Leucocytozoon canis - Number 26
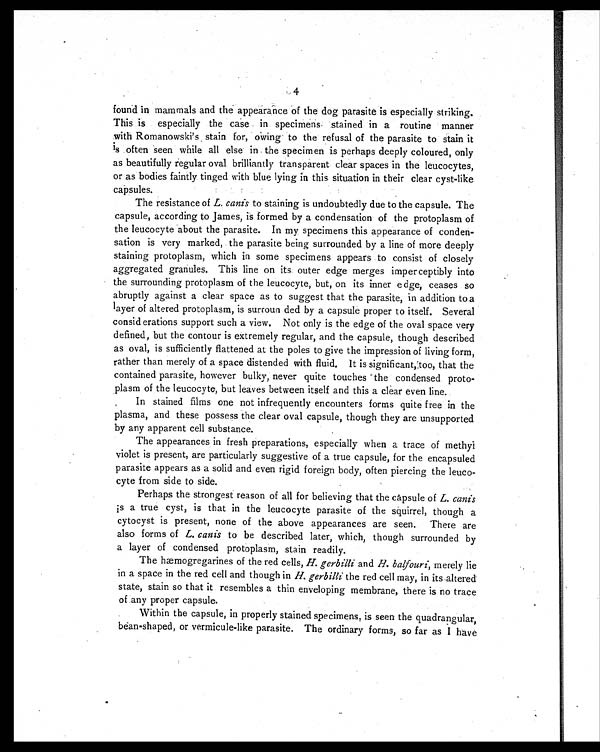
4
found in mammals and the appearance of the dog parasite is especially striking.
This is especially the case in specimens stained in a routine manner
with Romanowski's stain for, owing to the refusal of the parasite to stain it
is often seen while all else in the specimen is perhaps deeply coloured, only
as beautifully regular oval brilliantly transparent clear spaces in the leucocytes,
or as bodies faintly tinged with blue lying in this situation in their clear cyst-like
capsules.
The resistance of L. canis to staining is undoubtedly due to the capsule. The
capsule, according to James, is formed by a condensation of the protoplasm of
the leucocyte about the parasite. In my specimens this appearance of conden-
sation is very marked, the parasite being surrounded by a line of more deeply
staining protoplasm, which in some specimens appears to consist of closely
aggregated granules. This line on its outer edge merges imperceptibly into
the surrounding protoplasm of the leucocyte, but, on its inner edge, ceases so
abruptly against a clear space as to suggest that the parasite, in addition to a
layer of altered protoplasm, is surroun ded by a capsule proper to itself. Several
considerations support such a view. Not only is the edge of the oval space very
defined, but the contour is extremely regular, and the capsule, though described
as oval, is sufficiently flattened at the poles to give the impression of living form,
rather than merely of a space distended with fluid. It is significant, too, that the
contained parasite, however bulky, never quite touches the condensed proto-
plasm of the leucocyte, but leaves between itself and this a clear even line.
In stained films one not infrequently encounters forms quite free in the
plasma, and these possess the clear oval capsule, though they are unsupported
by any apparent cell substance.
The appearances in fresh preparations, especially when a trace of methyl
violet is present, are particularly suggestive of a true capsule, for the encapsuled
parasite appears as a solid and even rigid foreign body, often piercing the leuco-
cyte from side to side.
Perhaps the strongest reason of all for believing that the capsule of L. canis
is a true cyst, is that in the leucocyte parasite of the squirrel, though a
cytocyst is present, none of the above appearances are seen. There are
also forms of L. canis to be described later, which, though surrounded by
a layer of condensed protoplasm, stain readily.
The hæmogregarines of the red cells, H. gerbilli and H. balfouri, merely lie
in a space in the red cell and though in H. gerbilli the red cell may, in its altered
state, stain so that it resembles a thin enveloping membrane, there is no trace
of any proper capsule.
Within the capsule, in properly stained specimens, is seen the quadrangular,
bean-shaped, or vermicule-like parasite. The ordinary forms, so far as I have